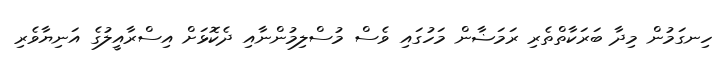
ހިނގަމުން މިދާ ބަރަކާތްތެރި ރަމަޟާން މަހުގައި ވެސް މުސްލިމުންނާއި ދެކޮޅަށް އިސްރާއީލުގެ އަނިޔާވެރި